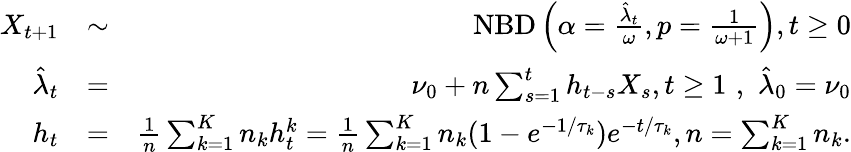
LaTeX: \begin{array}{rlr}{X_{t+1}}&{\sim}&{\mathrm{NBD}\left(\alpha=\frac{\hat{\lambda}_{t}}{\omega},p=\frac{1}{\omega+1}\right),t\ge 0}\\ {\hat{\lambda}_{t}}&{=}&{\nu_{0}+n\sum_{s=1}^{t}h_{t-s}X_{s},t\ge 1\, \, ,\, \, \hat{\lambda}_{0}=\nu_{0}}\\ {h_{t}}&{=}&{\frac{1}{n}\sum_{k=1}^{K}n_{k}h_{t}^{k}=\frac{1}{n}\sum_{k=1}^{K}n_{k}(1-e^{-1/\tau_{k}})e^{-t/\tau_{k}},n=\sum_{k=1}^{K}n_{k}.}\end{array}